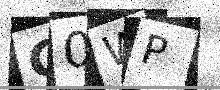
Text: C0WP